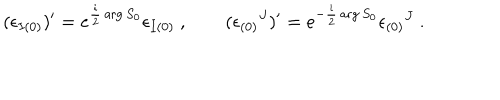
( \epsilon _ { I ( 0 ) } ) ^ { \prime } = e ^ { { \frac { i } { 2 } } \arg S _ { 0 } } \epsilon _ { I ( 0 ) } \ , \qquad ( \epsilon _ { ( 0 ) } { } ^ { J } ) ^ { \prime } = e ^ { - { \frac { i } { 2 } } \arg S _ { 0 } } \epsilon _ { ( 0 ) } { } ^ { J } \ .